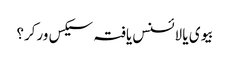
بیوی یا لائسنس یافتہ سیکس ورکر؟